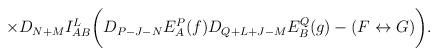
LaTeX: \begin{align*}\times D_{N+M}I_{AB}^L\biggl( D_{P-J-N}E^P_A(f)D_{Q+L+J-M}E^Q_B(g) - (F \leftrightarrow G) \biggr) .\end{align*}